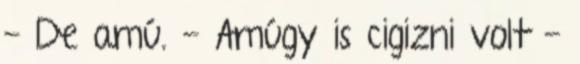
- De amú. - Amúgy is cigizni volt -